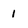
Character: 1